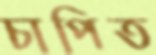
চাপিত